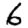
Digit: 6